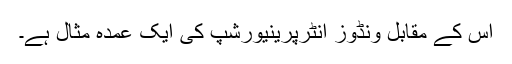
اس کے مقابل ونڈوز انٹرپرینیورشپ کی ایک عمدہ مثال ہے۔